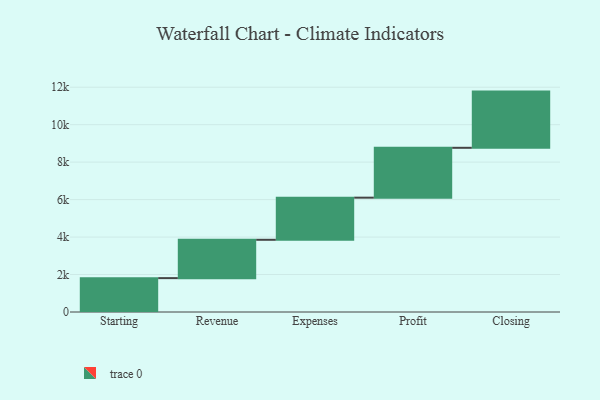
{"axis": {"x": "Step", "y": "Value"}, "legend": [""], "data": [{"x": "Starting", "y": 1808.0, "type": ""}, {"x": "Revenue", "y": 2047.0, "type": ""}, {"x": "Expenses", "y": 2249.0, "type": ""}, {"x": "Profit", "y": 2662.0, "type": ""}, {"x": "Closing", "y": 3000, "type": ""}]}